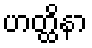
ဟတ္ထိနာ